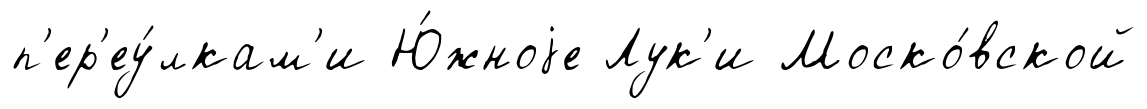
п'ер'еу́лкам'и Ю́жноjе Лук'и Моско́вской